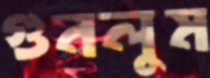
গুনলুম